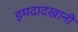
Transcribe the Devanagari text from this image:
इमदादखानी